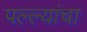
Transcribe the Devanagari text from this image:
पल्ल्यांचा